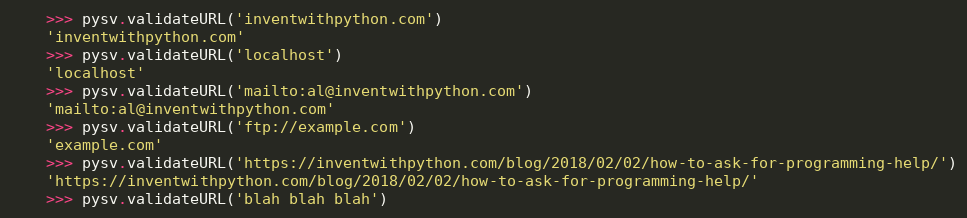
Language: Python
    >>> pysv.validateURL('inventwithpython.com')
    'inventwithpython.com'
    >>> pysv.validateURL('localhost')
    'localhost'
    >>> pysv.validateURL('mailto:al@inventwithpython.com')
    'mailto:al@inventwithpython.com'
    >>> pysv.validateURL('ftp://example.com')
    'example.com'
    >>> pysv.validateURL('https://inventwithpython.com/blog/2018/02/02/how-to-ask-for-programming-help/')
    'https://inventwithpython.com/blog/2018/02/02/how-to-ask-for-programming-help/'
    >>> pysv.validateURL('blah blah blah')